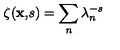
\zeta ( { \bf x , } s ) = \sum _ { n } \lambda _ { n } ^ { - s }